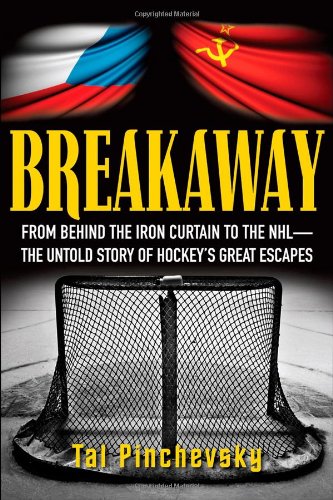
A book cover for Breakaway: From Behind the Iron Curtain to the NHL--The Untold Story of Hockey's Great Escapes; Tal Pinchevsky; Biographies & Memoirs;